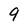
Character: 9